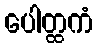
ပေါတ္ထကံ